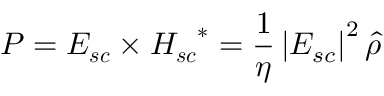
\boldsymbol { P } = \boldsymbol { E _ { s c } } \times \boldsymbol { H _ { s c } } ^ { * } = \frac { 1 } { \eta } \left| E _ { s c } \right| ^ { 2 } \hat { \rho }